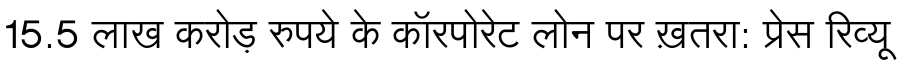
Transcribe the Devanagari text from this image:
15.5 लाख करोड़ रुपये के कॉरपोरेट लोन पर ख़तरा: प्रेस रिव्यू